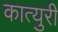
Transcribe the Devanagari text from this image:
कात्‍युरी